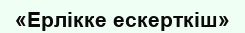
«Ерлікке ескерткіш»